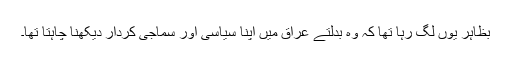
بظاہر یوں لگ رہا تھا کہ وہ بدلتے عراق میں اپنا سیاسی اور سماجی کردار دیکھنا چاہتا تھا۔